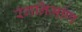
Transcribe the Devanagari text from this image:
रंगनिर्माण